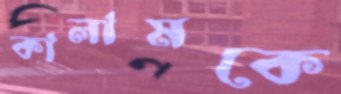
কালামকে